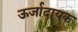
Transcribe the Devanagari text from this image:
ऊर्जादायक